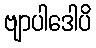
ဗျာပါဒေါပိ